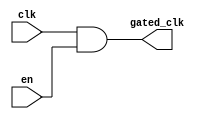
module clock_gating_buffer (
    input wire clk,        // Primary clock signal
    input wire en,        // Enable signal for clock gating
    output wire gated_clk  // Gated clock output
);

// Clock Gating Logic using AND Gate
assign gated_clk = clk & en; // When en is high, gated_clk follows clk; when low, gated_clk is 0.

endmodule